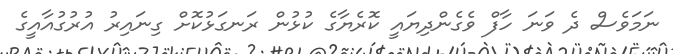
ނަމަވެސް ދެ ވަނަ ހާފް ވެގެންދިޔައީ ކޮރެޔާގެ ކުޅުން ރަނގަޅުކޮށް ގިނައިރު އުރުގުއާއީގެ